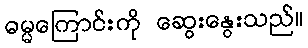
ဓမ္မကြောင်းကို ဆွေးနွေးသည်။